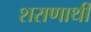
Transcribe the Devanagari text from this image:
शराणार्थी